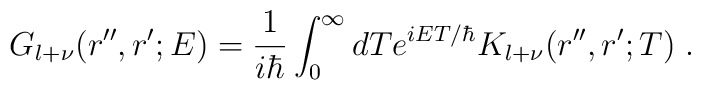
G_{l +\nu}(r'',r';E) = \frac{1}{ i\hbar }\int_{0}^{\infty} dT  e^{iET/\hbar}K_{l +\nu}(r'',r';T)\; .